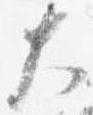
大